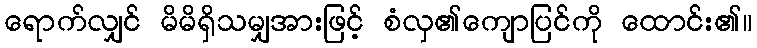
ရောက်လျှင် မိမိရှိသမျှအားဖြင့် စံလှ၏ကျောပြင်ကို ထောင်း၏။